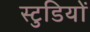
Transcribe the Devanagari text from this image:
स्टुडियों